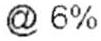
@ 6%